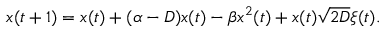
x ( t + 1 ) = x ( t ) + ( \alpha - D ) x ( t ) - \beta x ^ { 2 } ( t ) + x ( t ) \sqrt { 2 D } \xi ( t ) .